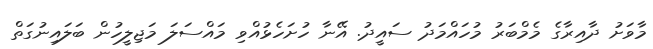
މާވަށު ދާއިރާގެ މެމްބަރު މުހައްމަދު ސައީދު. އޭނާ ހުށަހެޅުއްވި މައްސަލަ މަޖިލީހުން ބަލައިނުގަތް